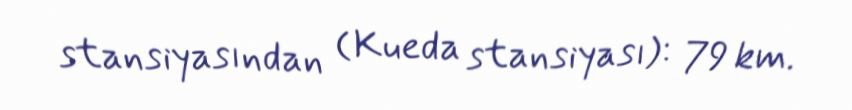
stansiyasından (Kueda stansiyası): 79 km.